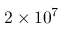
2 \times 1 0 ^ { 7 }